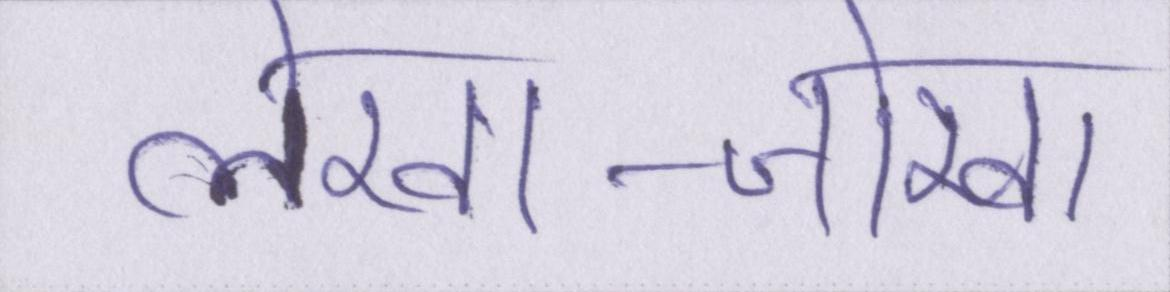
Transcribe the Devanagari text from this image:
लेखा-जोखा